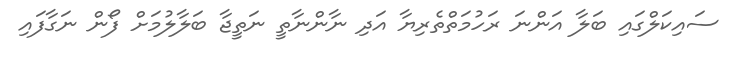
ސައިކަލްގައި ބަލާ އަންނަ ރަހުމަތްތެރިޔާ އަދި ނާންނާތީ ނަތީޖާ ބަލާލުމަށް ފޯން ނަގާފައި